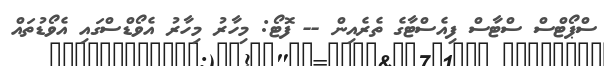
ސްޕޯޓްސް ސްޓާސް ފިއެސްޓާގެ ތެރެއިން -- ފޮޓޯ: މިހާރު މިހާރު އެވޯޑްސްގައި އެވޯޑުތައް